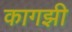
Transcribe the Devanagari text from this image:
कागझी